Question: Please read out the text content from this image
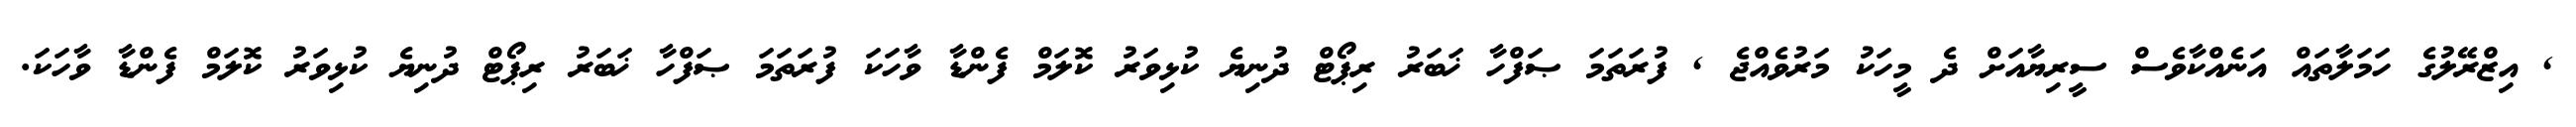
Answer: , އިޒްރޭލުގެ ހަމަލާތައް އަނެއްކާވެސް ސީރިޔާއަށް ދެ މީހަކު މަރުވެއްޖެ , ފުރަތަމަ ޞަފްހާ ޚަބަރު ރިޕޯޓް ދުނިޔެ ކުޅިވަރު ކޮލަމް ފެންޑާ ވާހަކަ ފުރަތަމަ ޞަފްހާ ޚަބަރު ރިޕޯޓް ދުނިޔެ ކުޅިވަރު ކޮލަމް ފެންޑާ ވާހަކަ.